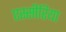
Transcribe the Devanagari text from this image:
एस्सीरिया